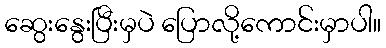
ဆွေးနွေးပြီးမှပဲ ပြောလို့ကောင်းမှာပါ။